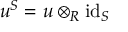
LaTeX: u ^ { S } = u \otimes _ { R } { \mathrm { i d } } _ { S }